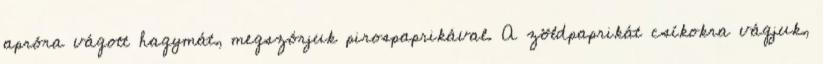
apróra vágott hagymát, megszórjuk pirospaprikával. A zöldpaprikát csíkokra vágjuk,